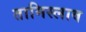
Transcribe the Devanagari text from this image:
तामिस्लाव